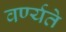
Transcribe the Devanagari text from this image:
वर्ण्यते